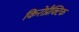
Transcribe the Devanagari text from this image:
किरोप्रैक्टिक